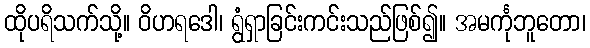
ထိုပရိသက်သို့။ ဝိဟရဒေါ၊ ရွံရှာခြင်းကင်းသည်ဖြစ်၍။ အမင်္ကုဘူတော၊